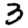
Digit: 3